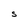
Character: S